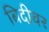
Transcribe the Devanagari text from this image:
बिदीवर